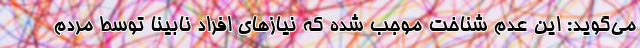
می‌گوید: این عدم شناخت موجب شده که نیازهای افراد نابینا توسط مردم